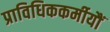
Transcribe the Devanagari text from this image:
प्राविधिककर्मीयौं